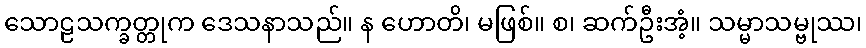
သောဠသက္ခတ္တုက ဒေသနာသည်။ န ဟောတိ၊ မဖြစ်။ စ၊ ဆက်ဦးအံ့။ သမ္မာသမ္ဗုဿ၊